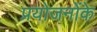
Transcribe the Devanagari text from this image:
प्रयोजनोंके